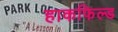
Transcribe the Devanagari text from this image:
हाकफिल्ड